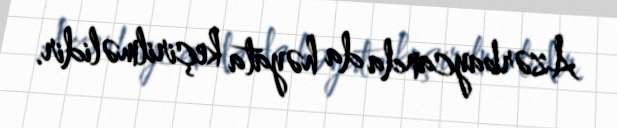
Azərbaycanda da həyata keçirilməlidir.